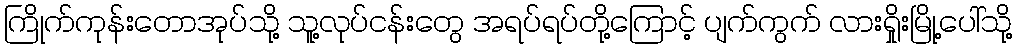
ကြိုက်ကုန်းတောအုပ်သို့ သူ့လုပ်ငန်းတွေ အရပ်ရပ်တို့ကြောင့် ပျက်ကွက် လားရှိုးမြို့ပေါ်သို့